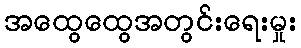
အထွေထွေအတွင်းရေးမှုး